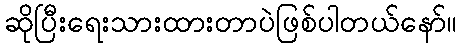
ဆိုပြီးရေးသားထားတာပဲဖြစ်ပါတယ်နော်။